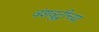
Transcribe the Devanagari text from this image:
वंशवृद्धीच्या